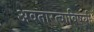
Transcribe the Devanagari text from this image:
अवतारत्वाविषयी